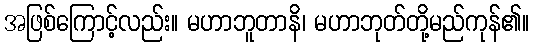
အဖြစ်ကြောင့်လည်း။ မဟာဘူတာနိ၊ မဟာဘုတ်တို့မည်ကုန်၏။